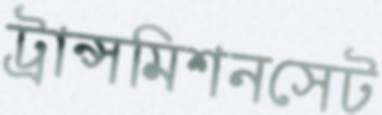
ট্রান্সমিশনসেট